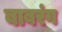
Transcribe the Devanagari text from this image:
बाबरंग